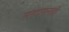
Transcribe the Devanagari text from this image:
सरदारांनाही